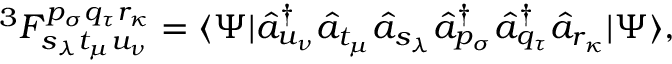
^ 3 F _ { s _ { \lambda } t _ { \mu } u _ { \nu } } ^ { p _ { \sigma } q _ { \tau } r _ { \kappa } } = \langle \Psi | \hat { a } _ { u _ { \nu } } ^ { \dagger } \hat { a } _ { t _ { \mu } } \hat { a } _ { s _ { \lambda } } \hat { a } _ { p _ { \sigma } } ^ { \dagger } \hat { a } _ { q _ { \tau } } ^ { \dagger } \hat { a } _ { r _ { \kappa } } | \Psi \rangle ,